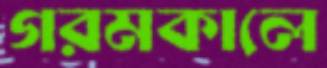
গরমকালে